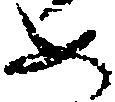
め